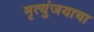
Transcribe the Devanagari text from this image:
मृत्युंजयाचा